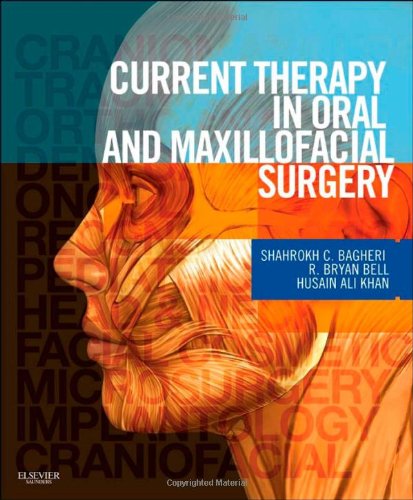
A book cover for Current Therapy In Oral and Maxillofacial Surgery, 1e; Shahrokh C. Bagheri BS  DMD  MD  FACS  FICD; Medical Books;